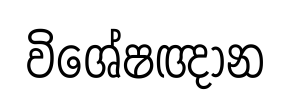
විශේෂඥාන